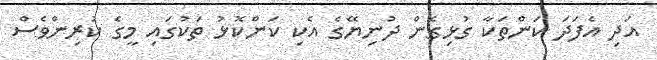
އަދި އެފަދަ ކަންތަކާ ގުޅިގެން ދުނިޔޭގެ އެކި ކަންކޮޅު ތަކުގައި މީގެ ކުރިންވެސް